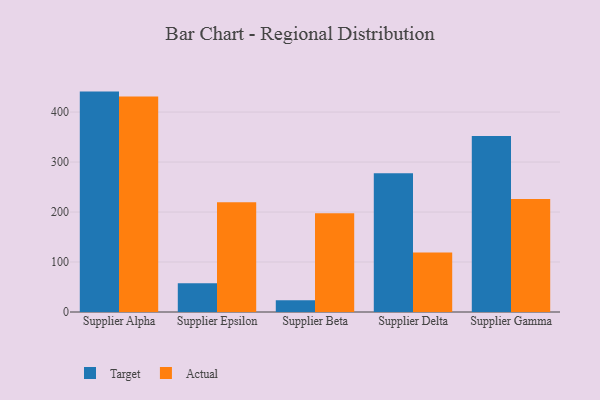
{"axis": {"x": "Supplier", "y": "Energy Usage (MWh)"}, "legend": ["Actual", "Target"], "data": [{"x": "Supplier Alpha", "y": 440.9, "type": "Target"}, {"x": "Supplier Alpha", "y": 431.3, "type": "Actual"}, {"x": "Supplier Epsilon", "y": 57.5, "type": "Target"}, {"x": "Supplier Epsilon", "y": 219.6, "type": "Actual"}, {"x": "Supplier Beta", "y": 23.3, "type": "Target"}, {"x": "Supplier Beta", "y": 197.7, "type": "Actual"}, {"x": "Supplier Delta", "y": 277.8, "type": "Target"}, {"x": "Supplier Delta", "y": 118.8, "type": "Actual"}, {"x": "Supplier Gamma", "y": 352.3, "type": "Target"}, {"x": "Supplier Gamma", "y": 226.1, "type": "Actual"}]}